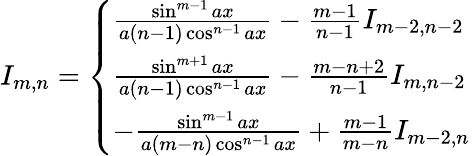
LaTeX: I_{m,n}={\left\{ \begin{array}{ll}{{\frac{\sin^{m-1}{ax}}{a(n-1)\cos^{n-1}{ax}}}-{\frac{m-1}{n-1}}I_{m-2,n-2}}\\ {{\frac{\sin^{m+1}{ax}}{a(n-1)\cos^{n-1}{ax}}}-{\frac{m-n+2}{n-1}}I_{m,n-2}}\\ {-{\frac{\sin^{m-1}{ax}}{a(m-n)\cos^{n-1}{ax}}}+{\frac{m-1}{m-n}}I_{m-2,n}}\end{array}\right.}\,